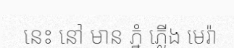
នេះ នៅ មាន ភ្នំ ភ្លើង មេរ៉ា